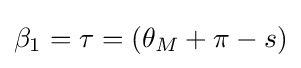
\beta _{1}=\tau =(\theta _{M}+\pi -s)